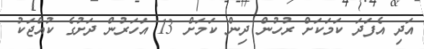
އަދި އެފަދަ ކަމަކަށް ރުހުން ދިން ކަމަށް 13 އަހަރުން ދަށުގެ ކުއްޖަކު